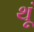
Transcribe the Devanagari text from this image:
थूं